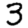
Digit: 3